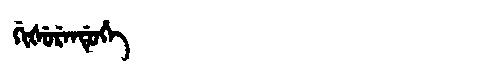
Manchu: ᡤᡳᡧᡠᡵᡝᠨᡩᡠᡥᡝ
Romanization: GIŠURENDUHE